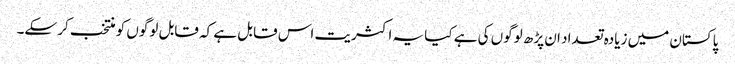
پاکستان میں زیادہ تعداد ان پڑھ لوگوں کی ہے کیا یہ اکثریت اس قابل ہے کہ قابل لوگوں کو منتخب کر سکے۔